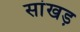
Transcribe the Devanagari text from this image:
सांखड़